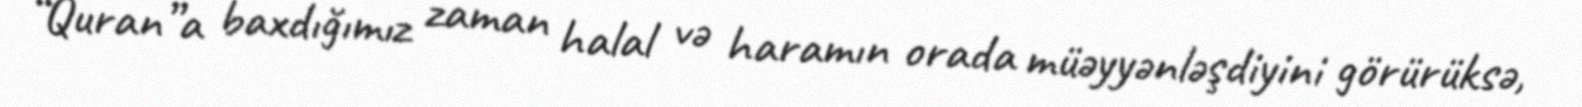
“Quran”a baxdığımız zaman halal və haramın orada müəyyənləşdiyini görürüksə,